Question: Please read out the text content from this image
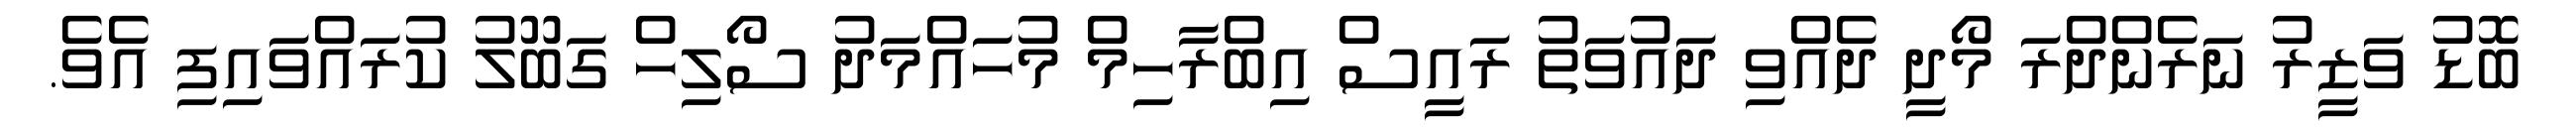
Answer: ބޮޑު ވަޒީރު ނަރެންދްރަ މޯދީ ދެއްވި ދައުވަތު ރައީސް އިބްރާހިމް މުހައްމަދު ސޯލިހް ގަބޫލު ކުރައްވައިފި އެވެ.